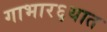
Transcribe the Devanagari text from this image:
गाभार६यात